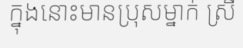
ក្នុងនោះមានប្រុសម្នាក់ ស្រី